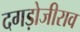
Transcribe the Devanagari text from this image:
दगड़ोजीराव